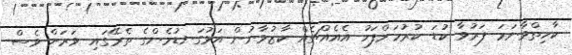
ކާހިތްވާނަމަ ފަރުވާ ކުޑަ ކުރުމަށްފަހު އެއެއްޗެއް ކާޒުވާނުން އަޅުގަނޑުމެންގެ ތެރޭގައި ވަރަށް ވެސް